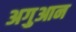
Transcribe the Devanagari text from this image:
अगुआन